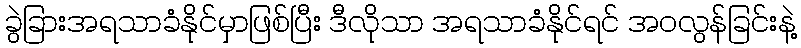
ခွဲခြားအရသာခံနိုင်မှာဖြစ်ပြီး ဒီလိုသာ အရသာခံနိုင်ရင် အဝလွန်ခြင်းနဲ့